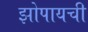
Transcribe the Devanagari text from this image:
झोपायची